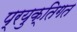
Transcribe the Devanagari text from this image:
प्रयुक्तिगत